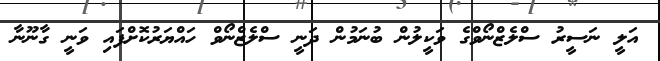
އަލީ ނަސީރު ސްލެޒްނޯވްގެ ވަކީލުން ބުނަމުން ދަނީ ސްލެޒްނޯވް ހައްޔަރުކޮށްފައި ވަނީ ގާނޫނާ